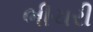
ભીચરી